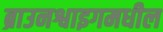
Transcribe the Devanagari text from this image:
ब्राउनश्वाइगमधील